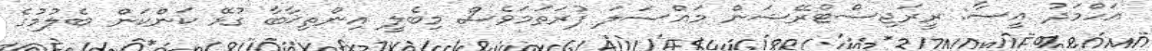
އަހްމަދު އީސާ: ރީރަޖިސްޓްރޭޝަން މައްސަލަ ފުރަތަމަވެސް މިބެލީ އިންތިޚާބާ ގުޅޭ ކަންކަން ބެލުމުގެ